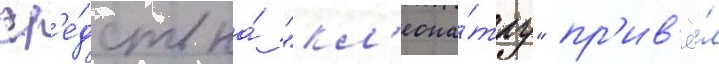
ср'е́дств на́ "кл'еопа́тру" пр'ив'ё́л